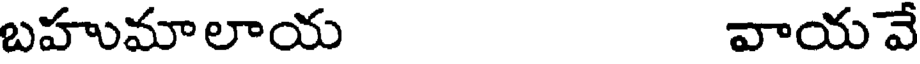
బహుమాలాయ వాయ వే